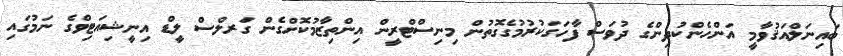
ބައިނަލްއަޤުވާމީ އަންހެންކުދިންގެ ދުވަސް ފާހަގަކުރުމުގެގޮތުން މިނިސްޓްރީން އިންތިޒާމުކޮށްގެން ގަރލްސް ލީޑް އިނީޝިއަޓިވްގެ ނަމުގައި